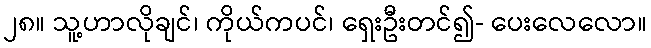
၂၈။ သူ့ဟာလိုချင်၊ ကိုယ်ကပင်၊ ရှေးဦးတင်၍- ပေးလေလော။